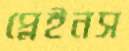
প্লেইনস